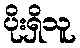
ပိုးရှိသူ